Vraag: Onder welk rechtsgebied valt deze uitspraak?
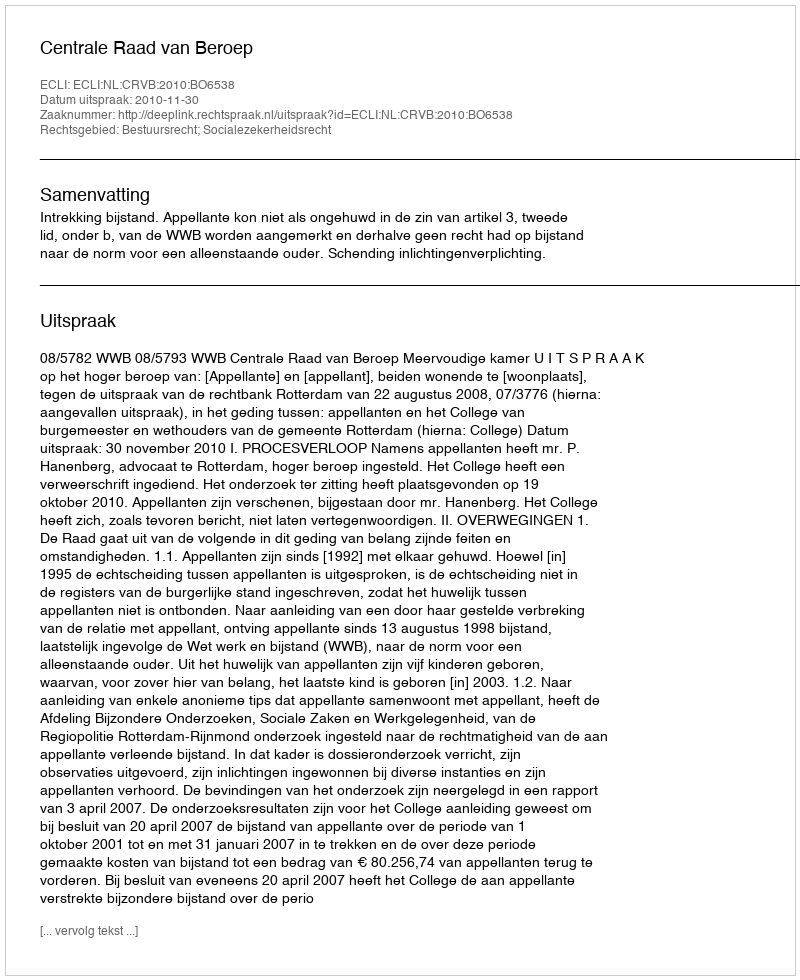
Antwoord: Bestuursrecht; Socialezekerheidsrecht